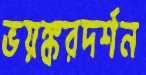
ভয়ঙ্করদর্শন